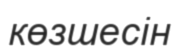
көзшесін